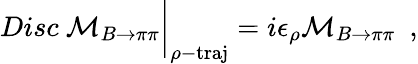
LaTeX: Disc~{\cal{M}}_{B\to\pi\pi}\bigg|_{\rho-\mathrm{traj}}=i\epsilon_{\rho}{\cal{M}}_{B\to\pi\pi}\ \ ,